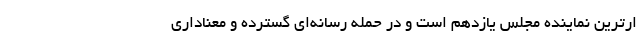
ارترین نماینده مجلس یازدهم است و در حمله‌ رسانه‌ای گسترده و معناداری